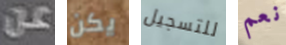
عن يكن للتسجيل نعم